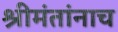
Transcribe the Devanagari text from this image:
श्रीमंतांनाच